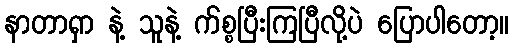
နာတာရှာ နဲ့ သူနဲ့ က်စ္စပြီးကြပြီလို့ပဲ ပြောပါတော့။